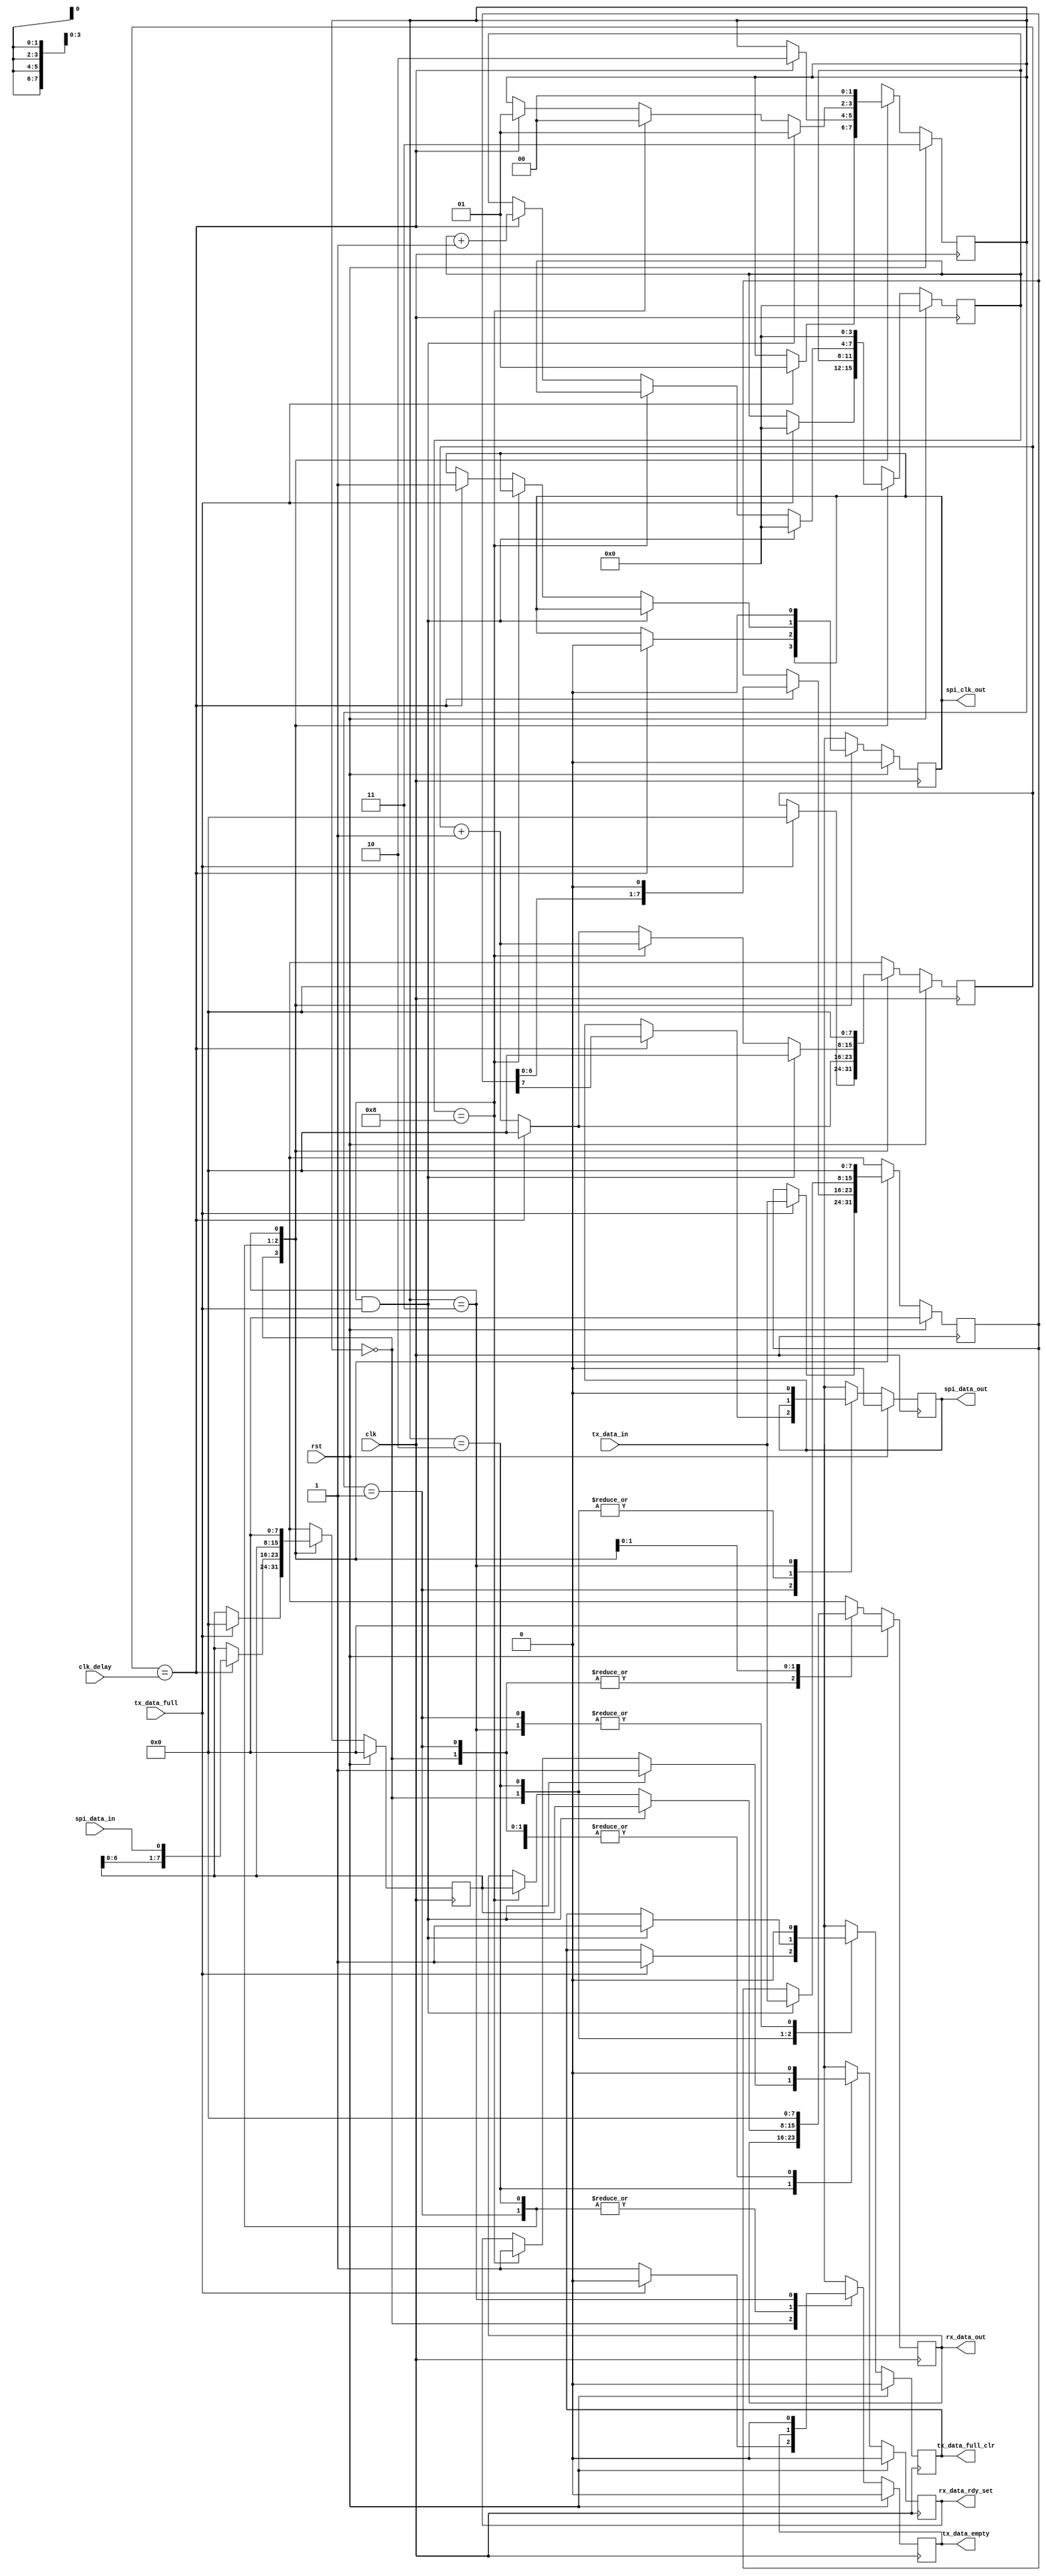
module rwspi_wire_data(
    input  wire       clk,
    input  wire [7:0] clk_delay,
    input  wire       rst,
    input  wire       spi_data_in,
    input  wire       tx_data_full,
    input  wire [7:0] tx_data_in,

    output reg  [7:0] rx_data_out,
    output reg        rx_data_rdy_set,
    output reg        spi_clk_out,
    output reg        spi_data_out,
    output reg        tx_data_empty,
    output reg        tx_data_full_clr
);

    reg [7:0] next_rx_data_out;
    reg       next_rx_data_rdy_set;
    reg       next_spi_clk_out;
    reg       next_spi_data_out;
    reg       next_tx_data_empty;
    reg       next_tx_data_full_clr;

    // diagram signals declarations
    reg [3:0] bit_cnt, next_bit_cnt;
    reg [7:0] clk_delay_cnt, next_clk_delay_cnt;
    reg [7:0] rx_data_shift_reg, next_rx_data_shift_reg;
    reg [7:0] tx_data_shift_reg, next_tx_data_shift_reg;

    // BINARY ENCODED state machine: rwSPISt
    // State codes definitions:
    localparam WT_TX_DATA = 2'b00;
    localparam CLK_HI     = 2'b01;
    localparam CLK_LO     = 2'b10;
    localparam ST_RW_WIRE = 2'b11;

    reg [1:0] state, next_state;

    // Diagram actions (continuous assignments allowed only: assign ...)
    // diagram ACTION


    // Machine: rwSPISt

    // NextState logic (combinatorial)
    always @ ( * ) begin
        next_state             = state;
        // Set default values for outputs and signals
        next_rx_data_rdy_set   = rx_data_rdy_set;
        next_tx_data_empty     = tx_data_empty;
        next_tx_data_shift_reg = tx_data_shift_reg;
        next_rx_data_shift_reg = rx_data_shift_reg;
        next_bit_cnt           = bit_cnt;
        next_clk_delay_cnt     = clk_delay_cnt;
        next_tx_data_full_clr  = tx_data_full_clr;
        next_spi_clk_out       = spi_clk_out;
        next_spi_data_out      = spi_data_out;
        next_rx_data_out       = rx_data_out;
        case (state)  // synopsys parallel_case full_case
            WT_TX_DATA: begin
                next_rx_data_rdy_set = 1'b0;
                next_tx_data_empty   = 1'b1;
                if (tx_data_full == 1'b1) begin
                    next_state             = CLK_HI;
                    next_tx_data_shift_reg = tx_data_in;
                    next_rx_data_shift_reg = 8'h00;
                    next_bit_cnt           = 4'h0;
                    next_clk_delay_cnt     = 8'h00;
                    next_tx_data_full_clr  = 1'b1;
                    next_tx_data_empty     = 1'b0;
                end
            end
            CLK_HI: begin
                next_clk_delay_cnt    = clk_delay_cnt + 1'b1;
                next_tx_data_full_clr = 1'b0;
                next_rx_data_rdy_set  = 1'b0;
                if (clk_delay_cnt == clk_delay) begin
                    next_state             = CLK_LO;
                    next_spi_clk_out       = 1'b0;
                    next_spi_data_out      = tx_data_shift_reg[7];
                    next_tx_data_shift_reg = {tx_data_shift_reg[6:0], 1'b0};
                    next_rx_data_shift_reg = {rx_data_shift_reg[6:0], spi_data_in};
                    next_clk_delay_cnt     = 8'h00;
                end
            end
            CLK_LO: begin
                next_clk_delay_cnt = clk_delay_cnt + 1'b1;
                if ((bit_cnt == 4'h8) && (tx_data_full == 1'b1)) begin
                    next_state             = CLK_HI;
                    next_rx_data_rdy_set   = 1'b1;
                    next_rx_data_out       = rx_data_shift_reg;
                    next_tx_data_shift_reg = tx_data_in;
                    next_bit_cnt           = 3'b000;
                    next_clk_delay_cnt     = 8'h00;
                    next_tx_data_full_clr  = 1'b1;
                end
                else if (bit_cnt == 4'h8) begin
                    next_state           = WT_TX_DATA;
                    next_rx_data_rdy_set = 1'b1;
                    next_rx_data_out     = rx_data_shift_reg;
                end
                else if (clk_delay_cnt == clk_delay) begin
                    next_state         = CLK_HI;
                    next_spi_clk_out   = 1'b1;
                    next_bit_cnt       = bit_cnt + 1'b1;
                    next_clk_delay_cnt = 8'h00;
                end
            end
            ST_RW_WIRE: begin
                next_bit_cnt           = 4'h0;
                next_clk_delay_cnt     = 8'h00;
                next_tx_data_full_clr  = 1'b0;
                next_rx_data_rdy_set   = 1'b0;
                next_tx_data_shift_reg = 8'h00;
                next_rx_data_shift_reg = 8'h00;
                next_rx_data_out       = 8'h00;
                next_spi_data_out      = 1'b0;
                next_spi_clk_out       = 1'b0;
                next_tx_data_empty     = 1'b0;
                next_state             = WT_TX_DATA;
            end
        endcase
    end

    // Current State Logic (sequential)
    always @ (posedge clk) begin
        if (rst == 1'b1)
            state <= ST_RW_WIRE;
        else
            state <= next_state;
    end

    // Registered outputs logic
    always @ (posedge clk) begin
        if (rst == 1'b1) begin
            rx_data_rdy_set   <= 1'b0;
            tx_data_empty     <= 1'b0;
            tx_data_full_clr  <= 1'b0;
            spi_clk_out       <= 1'b0;
            spi_data_out      <= 1'b0;
            rx_data_out       <= 8'h00;
            tx_data_shift_reg <= 8'h00;
            rx_data_shift_reg <= 8'h00;
            bit_cnt           <= 4'h0;
            clk_delay_cnt     <= 8'h00;
        end
        else begin
            rx_data_rdy_set   <= next_rx_data_rdy_set;
            tx_data_empty     <= next_tx_data_empty;
            tx_data_full_clr  <= next_tx_data_full_clr;
            spi_clk_out       <= next_spi_clk_out;
            spi_data_out      <= next_spi_data_out;
            rx_data_out       <= next_rx_data_out;
            tx_data_shift_reg <= next_tx_data_shift_reg;
            rx_data_shift_reg <= next_rx_data_shift_reg;
            bit_cnt           <= next_bit_cnt;
            clk_delay_cnt     <= next_clk_delay_cnt;
        end
    end

endmodule